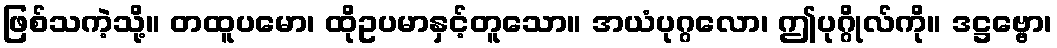
ဖြစ်သကဲ့သို့။ တထူပမော၊ ထိုဥပမာနှင့်တူသော။ အယံပုဂ္ဂလော၊ ဤပုဂ္ဂိုလ်ကို။ ဒဋ္ဌဗ္ဗော၊